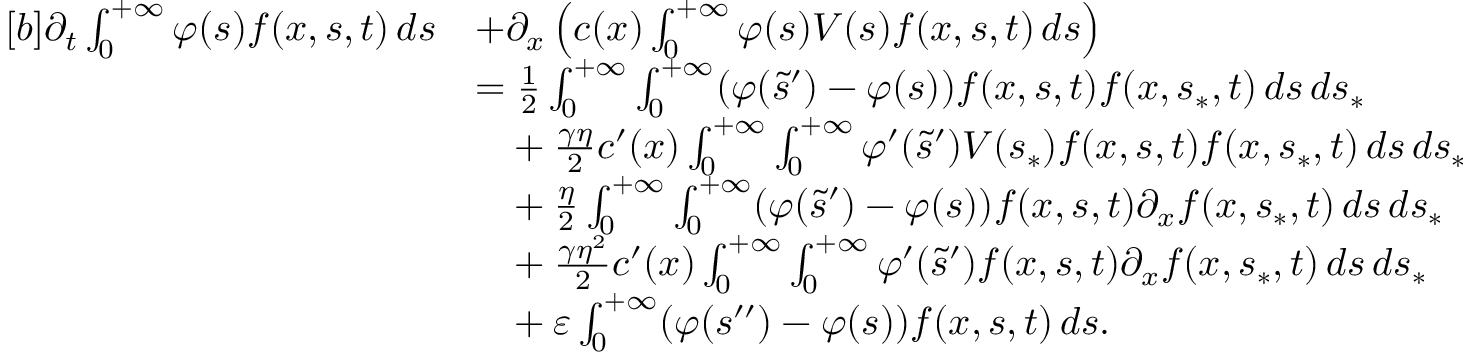
\begin{array} { r } { \begin{array} { r l } { [ b ] \partial _ { t } \int _ { 0 } ^ { + \infty } \varphi ( s ) f ( x , s , t ) \, d s } & { + \partial _ { x } \left( c ( x ) \int _ { 0 } ^ { + \infty } \varphi ( s ) V ( s ) f ( x , s , t ) \, d s \right) } \\ & { = \frac { 1 } { 2 } \int _ { 0 } ^ { + \infty } \int _ { 0 } ^ { + \infty } ( \varphi ( \tilde { s } ^ { \prime } ) - \varphi ( s ) ) f ( x , s , t ) f ( x , s _ { \ast } , t ) \, d s \, d s _ { \ast } } \\ & { \phantom { = } + \frac { \gamma \eta } { 2 } c ^ { \prime } ( x ) \int _ { 0 } ^ { + \infty } \int _ { 0 } ^ { + \infty } \varphi ^ { \prime } ( \tilde { s } ^ { \prime } ) V ( s _ { \ast } ) f ( x , s , t ) f ( x , s _ { \ast } , t ) \, d s \, d s _ { \ast } } \\ & { \phantom { = } + \frac { \eta } { 2 } \int _ { 0 } ^ { + \infty } \int _ { 0 } ^ { + \infty } ( \varphi ( \tilde { s } ^ { \prime } ) - \varphi ( s ) ) f ( x , s , t ) \partial _ { x } f ( x , s _ { \ast } , t ) \, d s \, d s _ { \ast } } \\ & { \phantom { = } + \frac { \gamma \eta ^ { 2 } } { 2 } c ^ { \prime } ( x ) \int _ { 0 } ^ { + \infty } \int _ { 0 } ^ { + \infty } \varphi ^ { \prime } ( \tilde { s } ^ { \prime } ) f ( x , s , t ) \partial _ { x } f ( x , s _ { \ast } , t ) \, d s \, d s _ { \ast } } \\ & { \phantom { = } + \varepsilon \int _ { 0 } ^ { + \infty } ( \varphi ( s ^ { \prime \prime } ) - \varphi ( s ) ) f ( x , s , t ) \, d s . } \end{array} } \end{array}